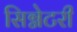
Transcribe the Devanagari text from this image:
सिग्नेटरी